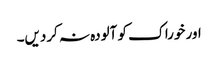
اور خوراک کو آلودہ نہ کردیں۔